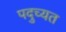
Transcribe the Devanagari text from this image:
पदुच्यत